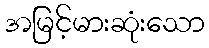
အမြင့်မားဆုံးသော